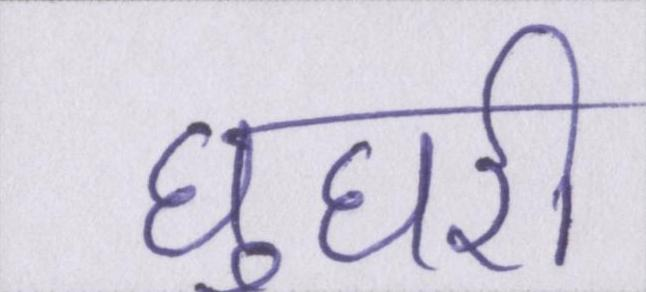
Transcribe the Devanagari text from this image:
घुघरी